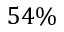
5 4 \%